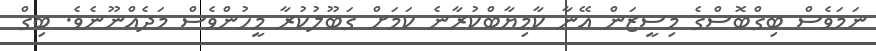
ނަމަވެސް ބިގްބޮސްގެ މިސީޒަން އޭނާ ކާމިޔާބްކުރާނެ ކަމަށް ގަބޫލުކުރާ މީހުންވެސް މަދެއްނޫނެވެ. ބިގް